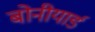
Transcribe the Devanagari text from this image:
बोनीयार्ड